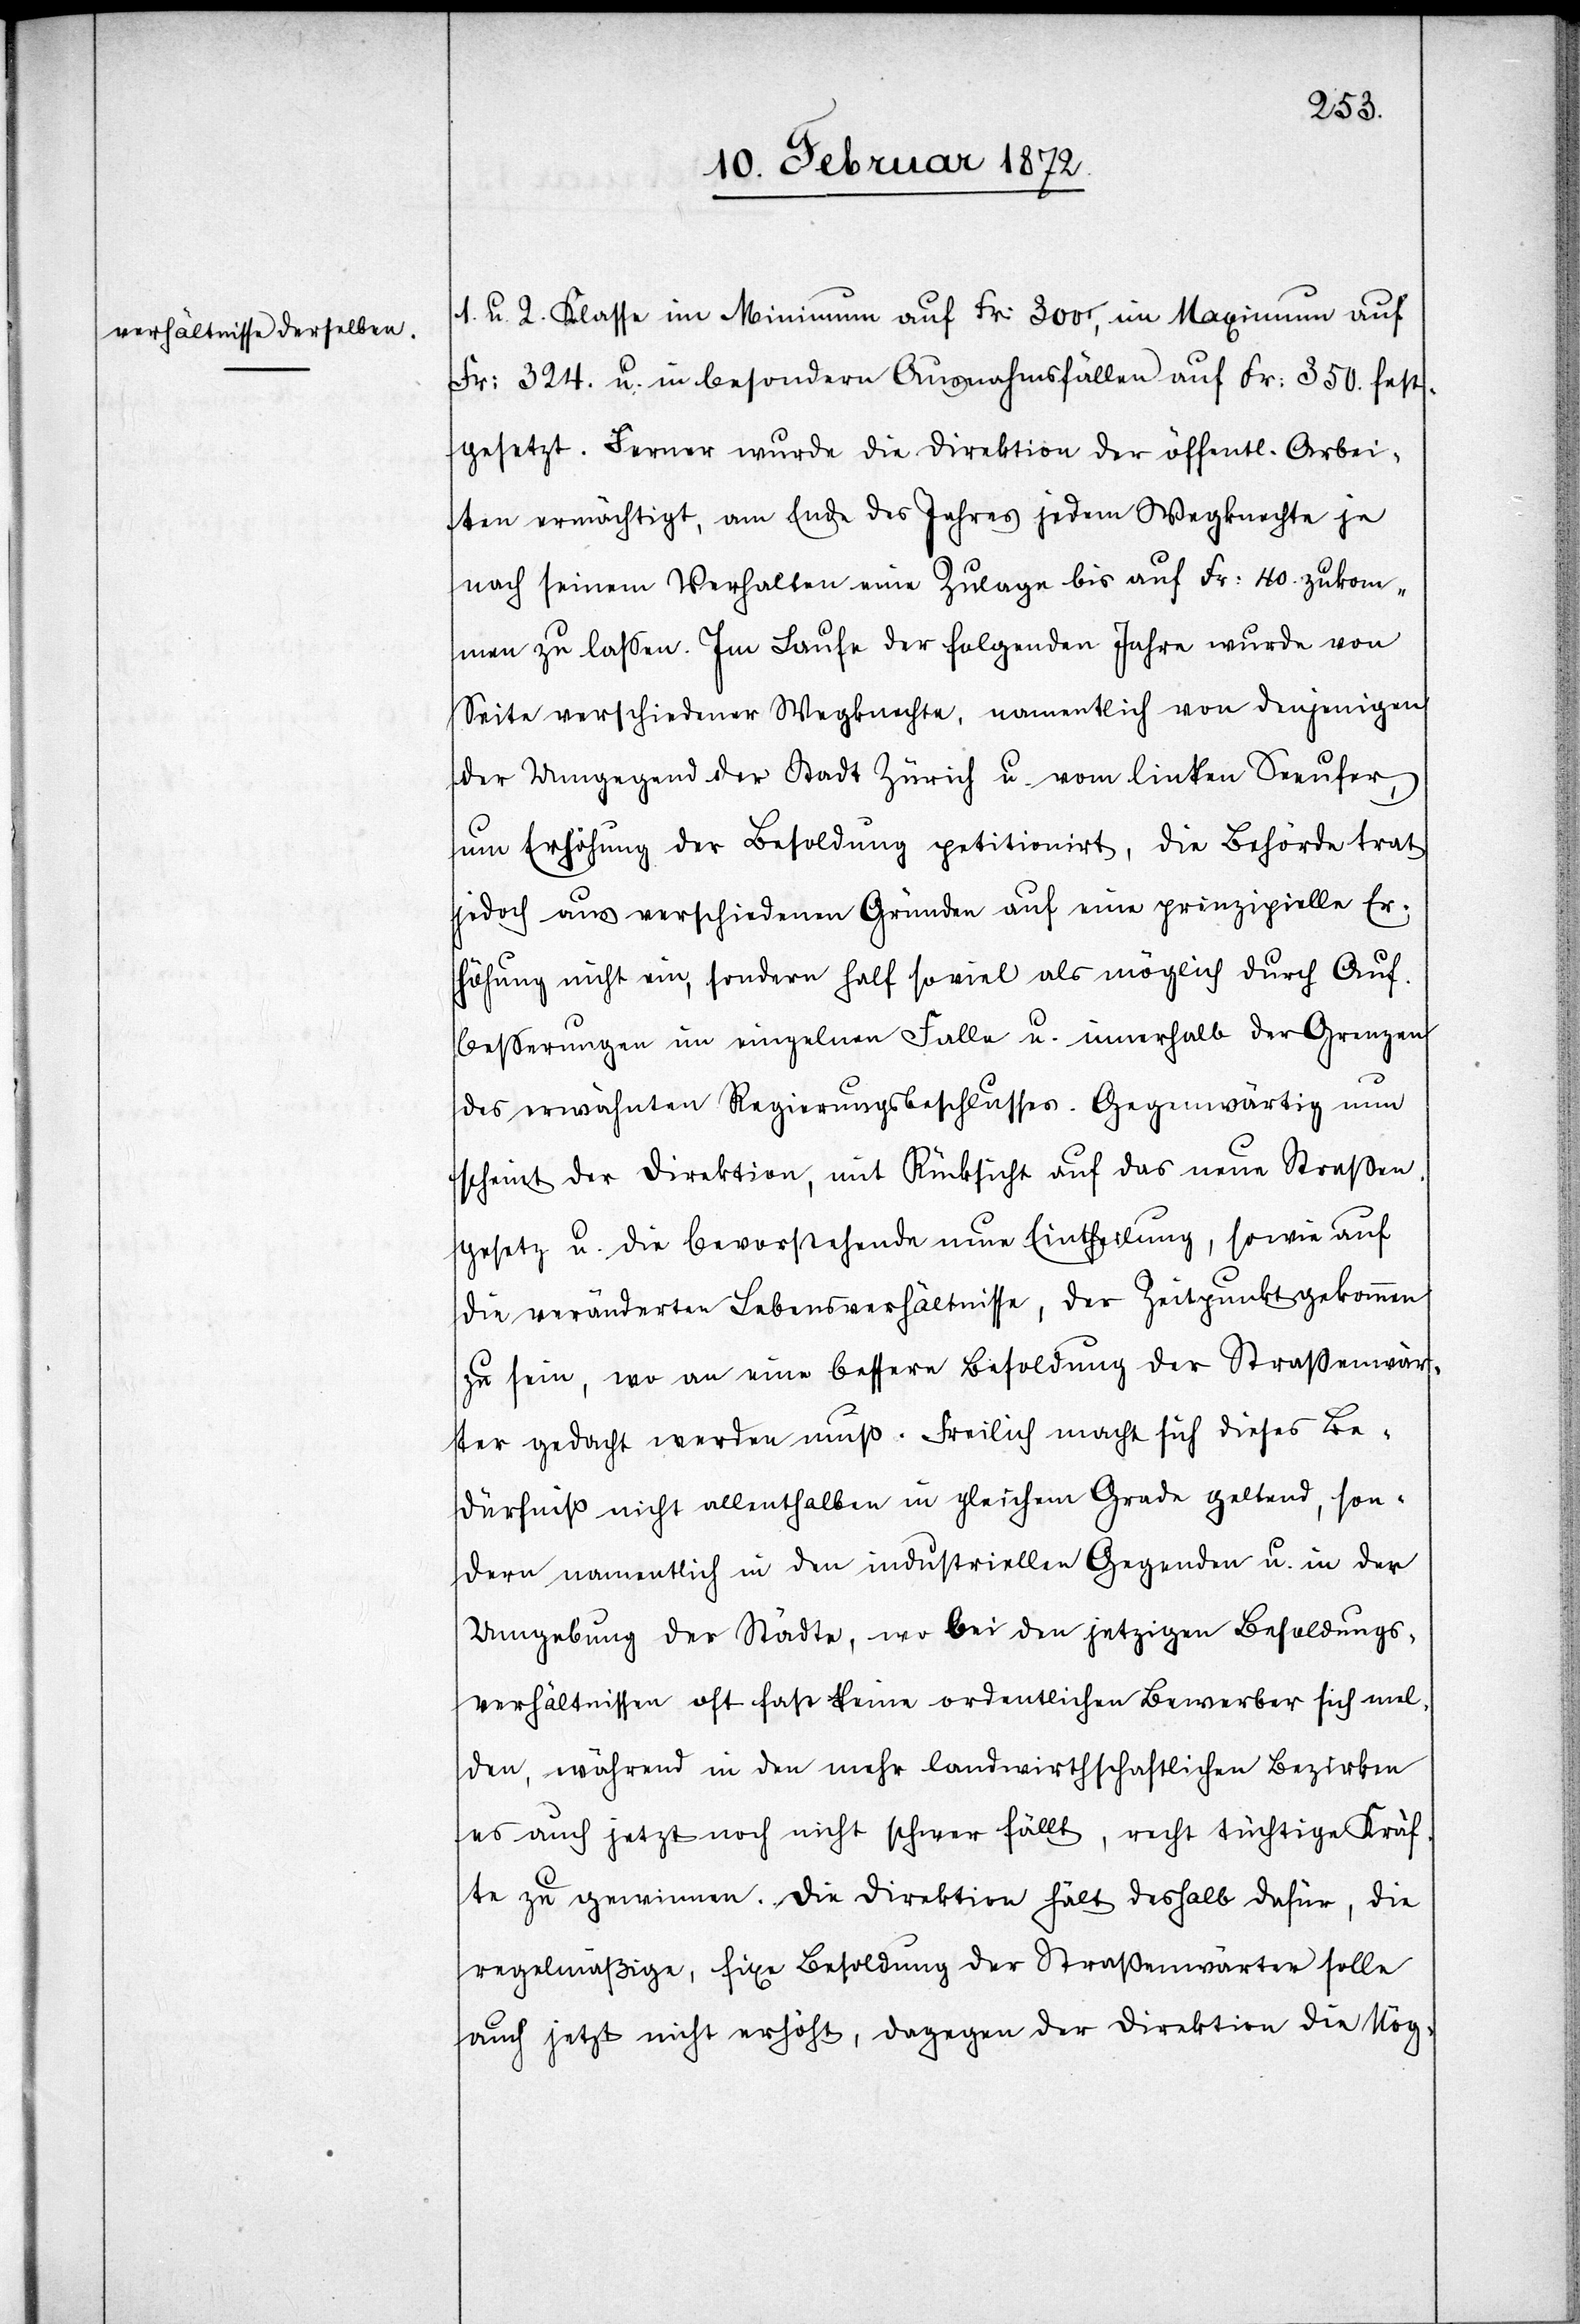
u. 2. Klasse im Minimum auf Fr. 300, im Maximum auf
Fr. 324. u. in besondern Ausnahmsfällen auf Fr. 350. fest¬
gesetzt. Ferner wurde die Direktion der öffentlichen Arbei¬
ten ermächtigt, am Ende des Jahres jedem Wegknechte je
nach seinem Verhalten eine Zulage bis auf Fr. 40. zukom¬
men zu lassen. Im Laufe der folgenden Jahre wurde von
Seite verschiedener Wegknechte, namentlich von denjenigen
der Umgegend der Stadt Zürich u. vom linken Seeufer,
um Erhöhung der Besoldung petitionirt, die Behörde trat
jedoch aus verschiedenen Gründen auf eine prinzipielle Er¬
höhung nicht ein, sondern half so viel als möglich durch Auf¬
besserungen im einzelnen Falle u. innerhalb der Grenzen
des erwähnten Regierungsbeschlusses. Gegenwärtig nun
scheint der Direktion, mit Rücksicht auf das neue Straßen¬
gesetz u. die bevorstehende neue Eintheilung, sowie auf
die veränderten Lebensverhältnisse, der Zeitpunkt gekommen
zu sein, wo an eine bessere Besoldung der Straßenwär¬
ter gedacht werden muß. Freilich macht sich dieses Be¬
dürfniß nicht allenthalben in gleichem Grade geltend, son¬
dern namentlich in den industriellen Gegenden u. in der
Umgebung der Städte, wo bei den jetzigen Besoldungs¬
verhältnissen oft fast keine ordentlichen Bewerber sich mel¬
den, während in den mehr landwirthschaftlichen Bezirken
es auch jetzt noch nicht schwer fällt, recht tüchtige Kräf¬
te zu gewinnen. Die Direktion hält deshalb dafür, die
regelmäßige, fixe Besoldung der Straßenwärter solle
auch jetzt nicht erhöht, dagegen der Direktion die Mög-